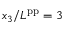
x _ { 3 } / L ^ { \mathrm { p p } } = 3